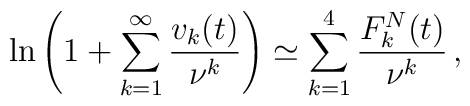
\ln\left ( 1+\sum_{k=1}^{\infty}\frac{v_k(t)}{\nu^k}\right )\simeq\sum_{k=1}^{4}\frac{F^N_k(t)}{\nu^k}\,{,}